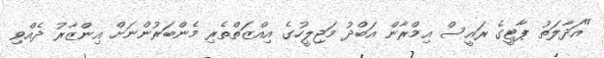
"އަދާލަތު ޕާޓީގެ ރައީސް އިމްރާން އަބްދު މަޖިލީހުގެ އިއްޒަތްތެރި މެންބަރުންނަށް އިންޒާރު ދެއްވި